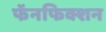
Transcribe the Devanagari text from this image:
फॅनफिक्शन